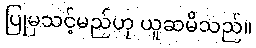
ပြုမှသင့်မည်ဟု ယူဆမိသည်။